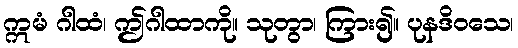
ဣမံ ဂါထံ၊ ဤဂါထာကို။ သုတွာ၊ ကြား၍။ ပုနဒိဝသေ၊